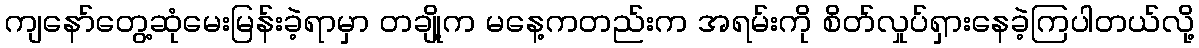
ကျနော်တွေ့ဆုံမေးမြန်းခဲ့ရာမှာ တချို့က မနေ့ကတည်းက အရမ်းကို စိတ်လှုပ်ရှားနေခဲ့ကြပါတယ်လို့